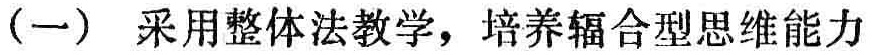
（一） 采用整体法教学，培养辐合型思维能力